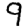
Digit: 9